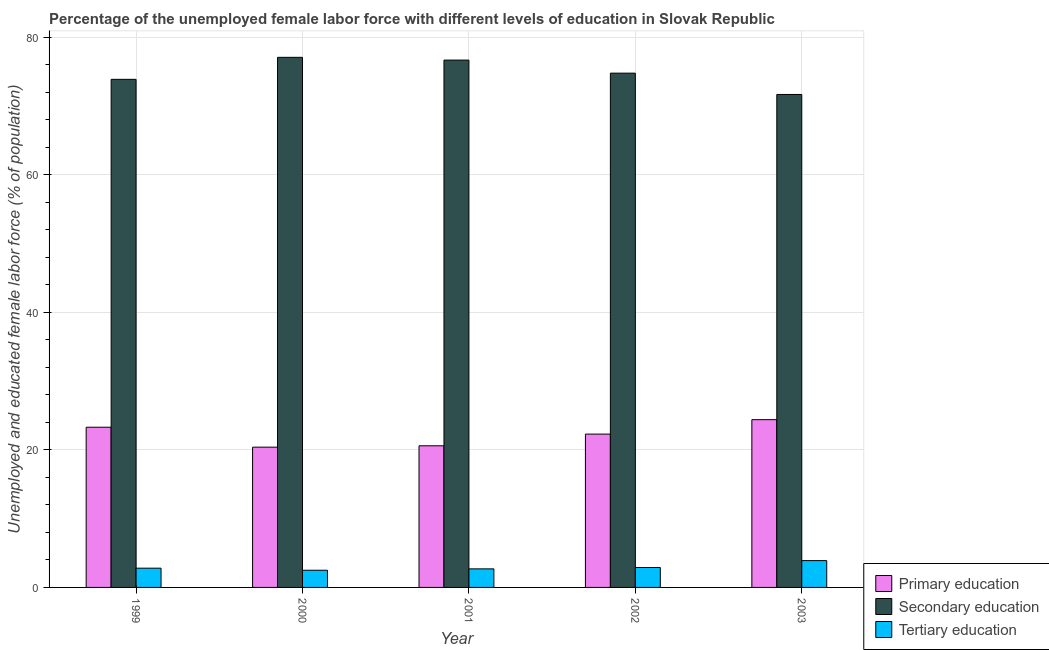
| Year | Primary education | Secondary education | Tertiary education |
 | --- | --- | --- | --- |
 | 1999 | 23.3 | 73.9 | 2.8 |
 | 2000 | 20.4 | 77.1 | 2.5 |
 | 2001 | 20.6 | 76.7 | 2.7 |
 | 2002 | 22.3 | 74.8 | 2.9 |
 | 2003 | 24.4 | 71.7 | 3.9 |